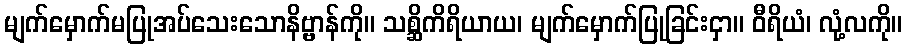
မျက်မှောက်မပြုအပ်သေးသောနိဗ္ဗာန်ကို။ သစ္ဆိကိရိယာယ၊ မျက်မှောက်ပြုခြင်းငှာ။ ဝီရိယံ၊ လုံ့လကို။